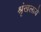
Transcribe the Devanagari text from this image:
श्रृंखलाये